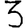
Digit: 3